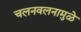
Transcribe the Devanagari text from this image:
चलनवलनामुळे